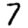
Digit: 7